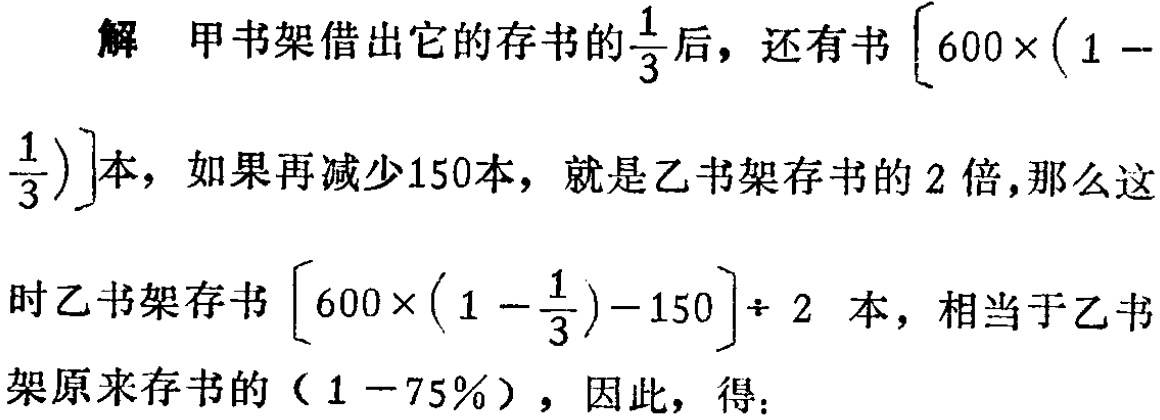
解 甲书架借出它的存书的$\frac{1}{3}$后，还有书$\left[600\times\left(1 - \frac{1}{3}\right)\right]$本，如果再减少150本，就是乙书架存书的2倍，那么这

时乙书架存书$\left[600\times\left(1 - \frac{1}{3}\right)-150\right]\div 2$本，相当于乙书架原来存书的（$1 - 75\%$），因此，得：